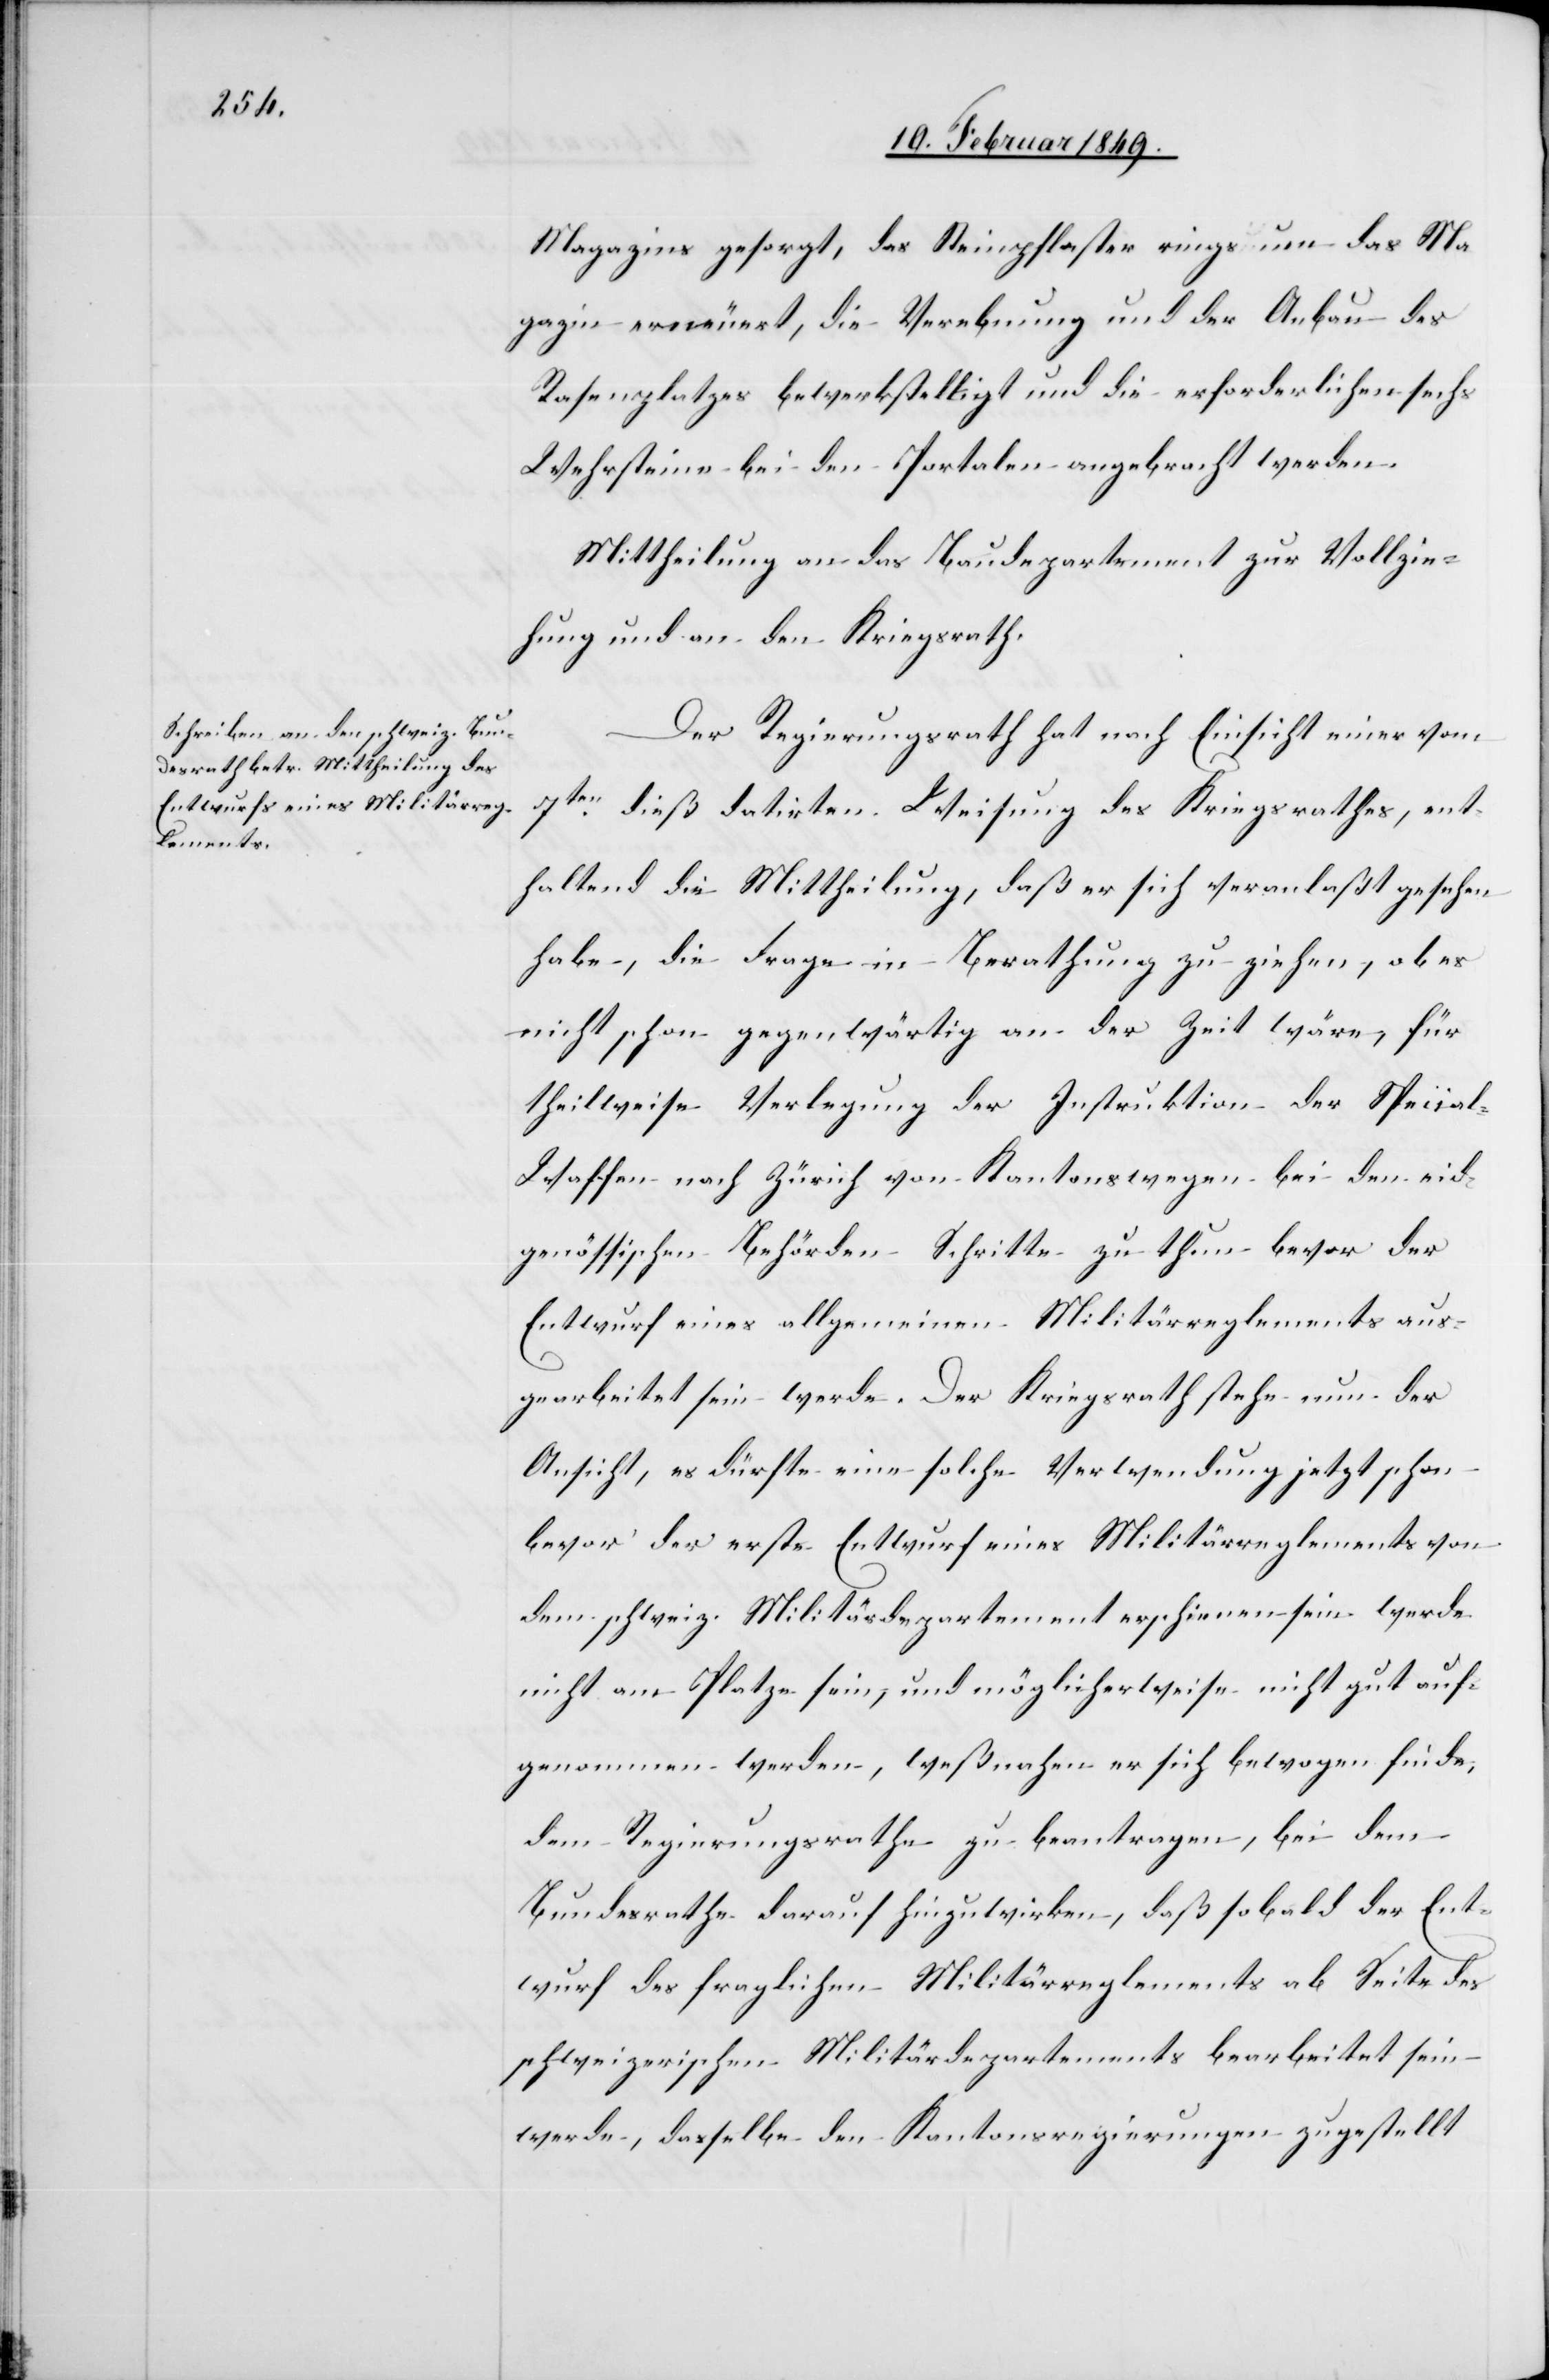
Magazins gesorgt, das Steinpflaster rings um das Ma¬
gazin erneuert, die Verebnung und der Anbau des
Rasenplatzes bewerkstelligt und die erforderlichen sechs
Wehrsteine bei den Portalen angebracht werden.
Mittheilung an das Baudepartement zur Vollzie¬
hung und an den Kriegsrath.
Der Regierungsrath hat nach Einsicht einer vom
7ten. dieß datirten Weisung des Kriegsrathes, ent¬
haltend die Mittheilung, daß er sich veranlaßt gesehen
habe, die Frage in Berathung zu ziehen, ob es
nicht schon gegenwärtig an der Zeit wäre, für
theilweise Verlegung der Instruktion der Specia¬
l-Waffen nach Zürich von Kantons wegen bei den ei¬
genössischen Behörden Schritte zu thun bevor der
Entwurf eines allgemeinen Militärreglements aus¬
gearbeitet sein werde. Der Kriegsrath stehe nun der
Ansicht, es dürfte eine solche Verwendung jetzt schon
bevor der erste Entwurf eines Militärreglements von
dem schweiz. Militärdepartement erschienen sein werde
nicht am Platze sein, und möglicherweise nicht gut auf¬
genommen werden, weßnahen er sich bewogen finde,
dem Regierungsrathe zu beantragen, bei dem
Bundesrathe darauf hinzuwirken, daß so bald der Ent¬
wurf des fraglichen Militärreglements ab Seite des
schweizerischen Militärdepartements bearbeitet sein
werde, dasselbe den Kantonsregierungen zugestellt